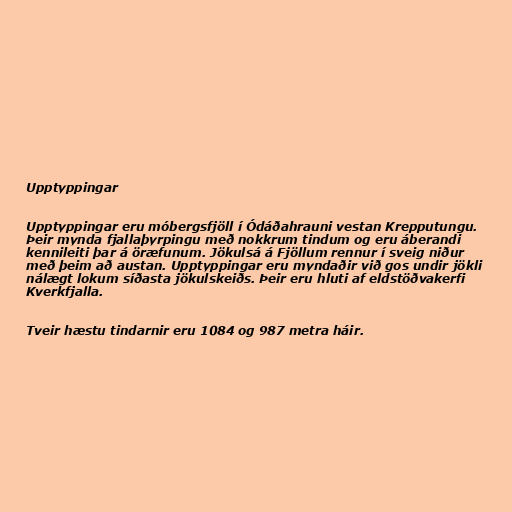
Upptyppingar

Upptyppingar eru móbergsfjöll í Ódáðahrauni vestan Krepputungu.
Þeir mynda fjallaþyrpingu með nokkrum tindum og eru áberandi
kennileiti þar á öræfunum. Jökulsá á Fjöllum rennur í sveig niður
með þeim að austan. Upptyppingar eru myndaðir við gos undir jökli
nálægt lokum síðasta jökulskeiðs. Þeir eru hluti af eldstöðvakerfi
Kverkfjalla.

Tveir hæstu tindarnir eru 1084 og 987 metra háir.